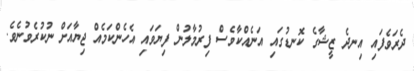
ދެރަވެފައި އިނދެ ޒީޝާގެ ކޮނޑުގައި އަނެއްކާވެސް ފިރުމާލުން ފިޔަވައި އެހެންކަމެއް ޖިޔާއަށް ނުކުރެވުނެވެ.